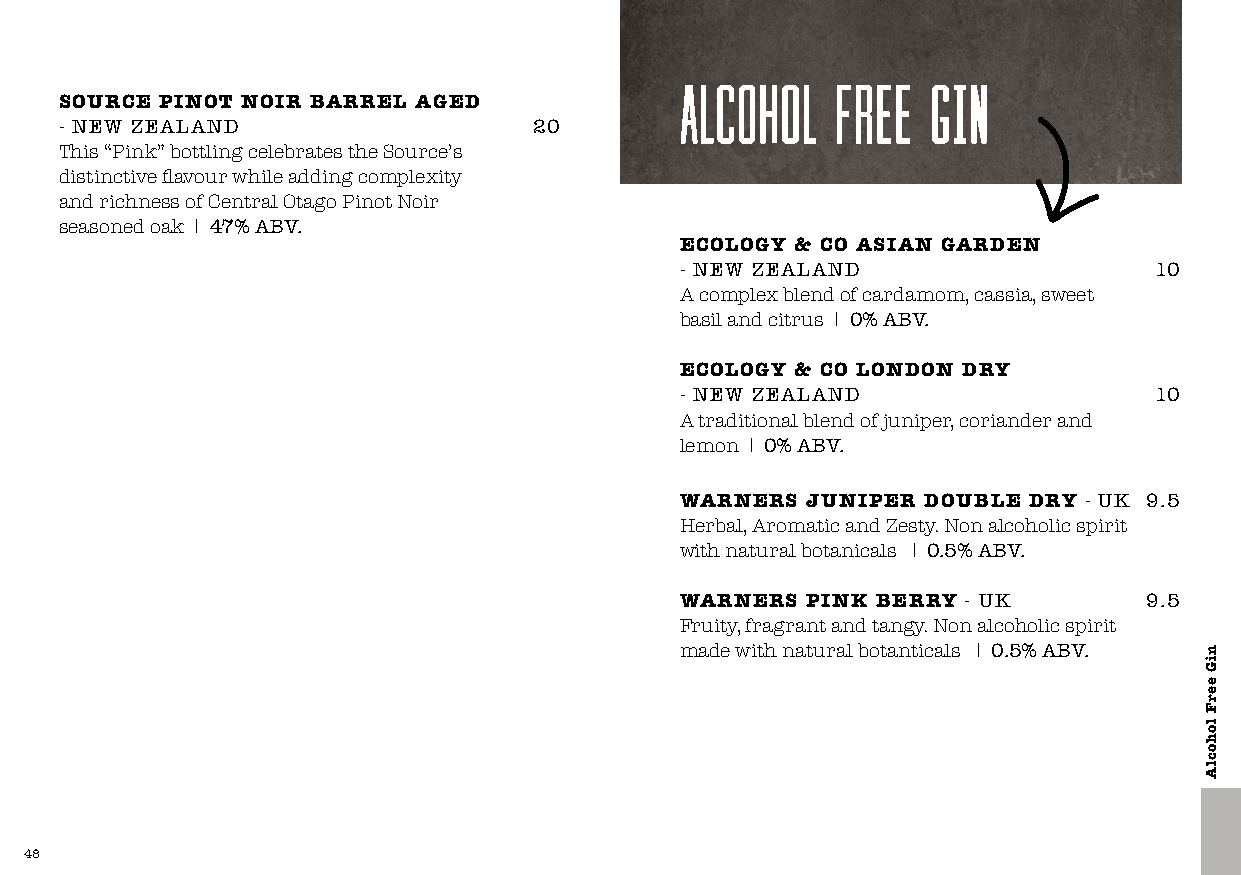
alcohol   free   GIN
 SOURCE PINOT NOIR BARREL AGED
 - NEW ZEALAND                  20
 This “Pink” bottling celebrates the Source’s
 distinctive flavour while adding complexity
 and richness of Central Otago Pinot Noir
 seasoned oak I 47% ABV.
 ECOLOGY & CO ASIAN GARDEN
 - NEW ZEALAND                  10
 A complex blend of cardamom, cassia, sweet
 basil and citrus I 0% ABV.
 ECOLOGY & CO LONDON DRY
 - NEW ZEALAND                  10
 A traditional blend of juniper, coriander and
 lemon I 0% ABV.
 WARNERS JUNIPER DOUBLE DRY - UK 9.5
 Herbal, Aromatic and Zesty. Non alcoholic spirit
 with natural botanicals I 0.5% ABV.
 WARNERS PINK BERRY - UK        9.5
 Fruity, fragrant and tangy. Non alcoholic spirit
 made with natural botanticals I 0.5% ABV.
 48                                                                           49
 niG
 eerF
 lohoclA